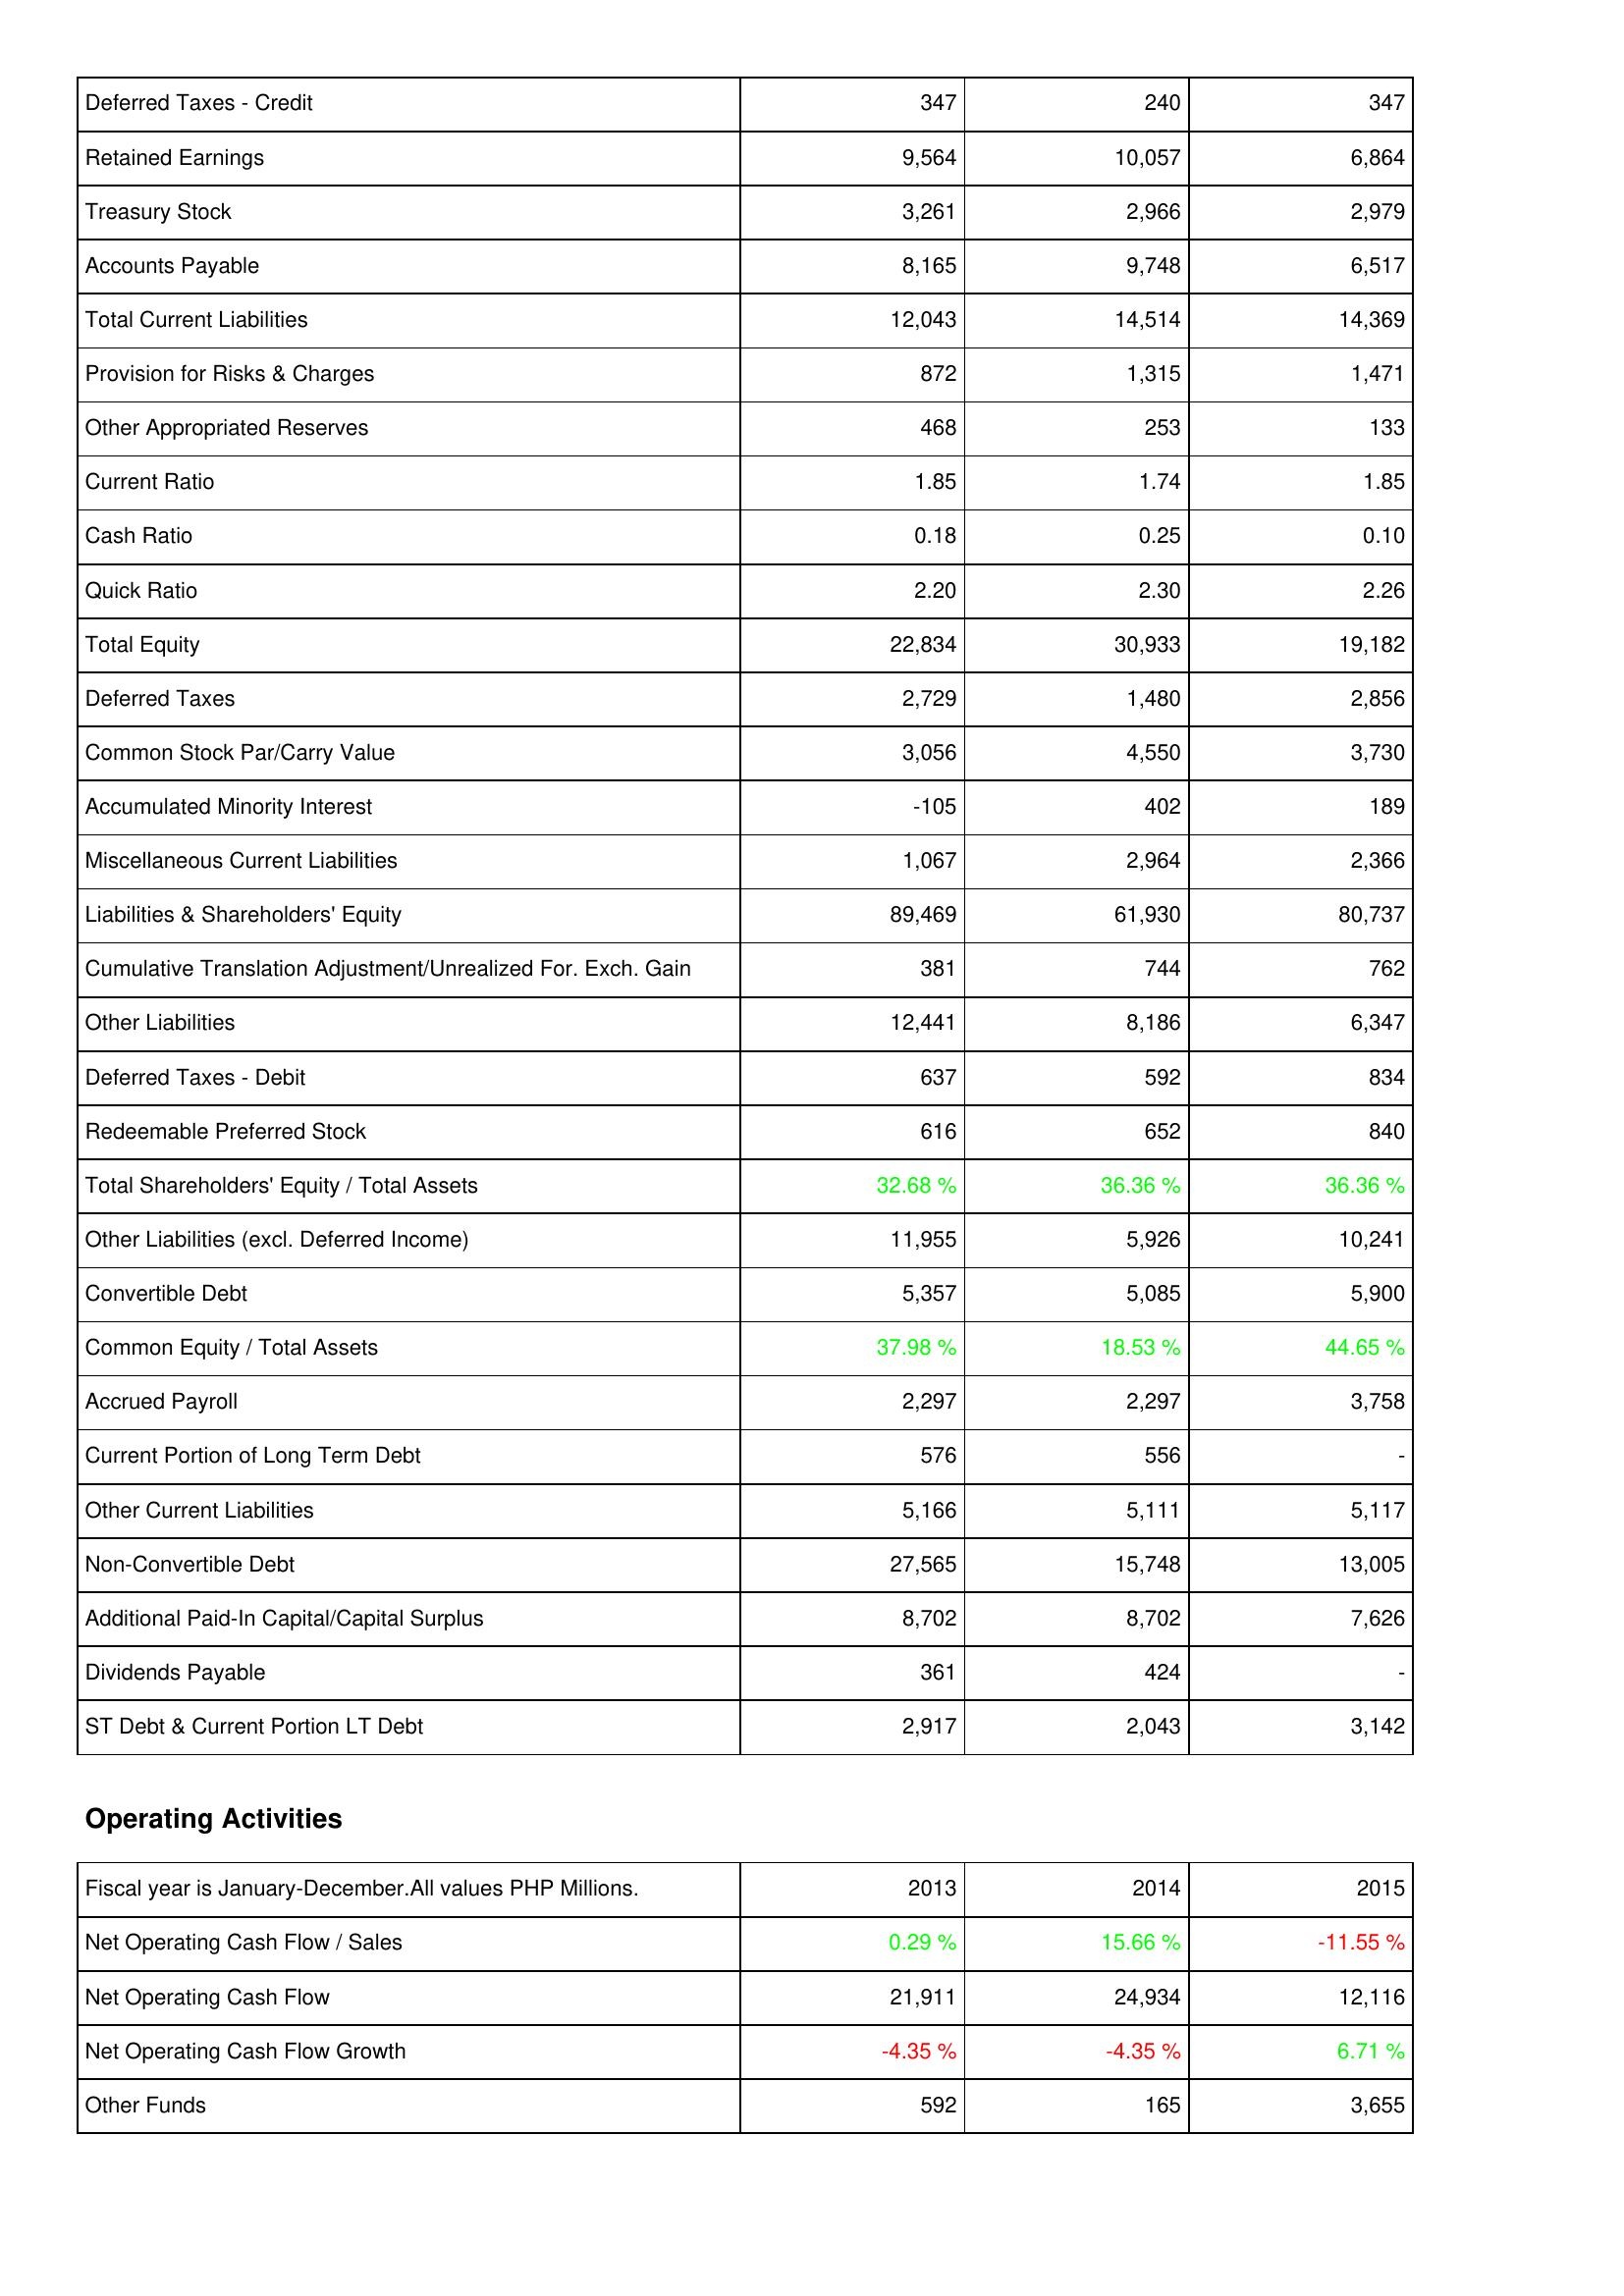
2013: Liabilities & Shareholders' Equity: Deferred Taxes - Credit: 347
Retained Earnings: 9,564
Treasury Stock: 3,261
Accounts Payable: 8,165
Total Current Liabilities: 12,043
Provision for Risks & Charges: 872
Other Appropriated Reserves: 468
Current Ratio: 1.85
Cash Ratio: 0.18
Quick Ratio: 2.20
Total Equity: 22,834
Deferred Taxes: 2,729
Common Stock Par/Carry Value: 3,056
Accumulated Minority Interest: -105
Miscellaneous Current Liabilities: 1,067
Liabilities & Shareholders' Equity: 89,469
Cumulative Translation Adjustment/Unrealized For. Exch. Gain: 381
Other Liabilities: 12,441
Deferred Taxes - Debit: 637
Redeemable Preferred Stock: 616
Total Shareholders' Equity / Total Assets: 32.68 %
Other Liabilities (excl. Deferred Income): 11,955
Convertible Debt: 5,357
Common Equity / Total Assets: 37.98 %
Accrued Payroll: 2,297
Current Portion of Long Term Debt: 576
Other Current Liabilities: 5,166
Non-Convertible Debt: 27,565
Additional Paid-In Capital/Capital Surplus: 8,702
Dividends Payable: 361
ST Debt & Current Portion LT Debt: 2,917
Operating Activities: Net Operating Cash Flow / Sales: 0.29 %
Net Operating Cash Flow: 21,911
Net Operating Cash Flow Growth: -4.35 %
Other Funds: 592
2014: Liabilities & Shareholders' Equity: Deferred Taxes - Credit: 240
Retained Earnings: 10,057
Treasury Stock: 2,966
Accounts Payable: 9,748
Total Current Liabilities: 14,514
Provision for Risks & Charges: 1,315
Other Appropriated Reserves: 253
Current Ratio: 1.74
Cash Ratio: 0.25
Quick Ratio: 2.30
Total Equity: 30,933
Deferred Taxes: 1,480
Common Stock Par/Carry Value: 4,550
Accumulated Minority Interest: 402
Miscellaneous Current Liabilities: 2,964
Liabilities & Shareholders' Equity: 61,930
Cumulative Translation Adjustment/Unrealized For. Exch. Gain: 744
Other Liabilities: 8,186
Deferred Taxes - Debit: 592
Redeemable Preferred Stock: 652
Total Shareholders' Equity / Total Assets: 36.36 %
Other Liabilities (excl. Deferred Income): 5,926
Convertible Debt: 5,085
Common Equity / Total Assets: 18.53 %
Accrued Payroll: 2,297
Current Portion of Long Term Debt: 556
Other Current Liabilities: 5,111
Non-Convertible Debt: 15,748
Additional Paid-In Capital/Capital Surplus: 8,702
Dividends Payable: 424
ST Debt & Current Portion LT Debt: 2,043
Operating Activities: Net Operating Cash Flow / Sales: 15.66 %
Net Operating Cash Flow: 24,934
Net Operating Cash Flow Growth: -4.35 %
Other Funds: 165
2015: Liabilities & Shareholders' Equity: Deferred Taxes - Credit: 347
Retained Earnings: 6,864
Treasury Stock: 2,979
Accounts Payable: 6,517
Total Current Liabilities: 14,369
Provision for Risks & Charges: 1,471
Other Appropriated Reserves: 133
Current Ratio: 1.85
Cash Ratio: 0.10
Quick Ratio: 2.26
Total Equity: 19,182
Deferred Taxes: 2,856
Common Stock Par/Carry Value: 3,730
Accumulated Minority Interest: 189
Miscellaneous Current Liabilities: 2,366
Liabilities & Shareholders' Equity: 80,737
Cumulative Translation Adjustment/Unrealized For. Exch. Gain: 762
Other Liabilities: 6,347
Deferred Taxes - Debit: 834
Redeemable Preferred Stock: 840
Total Shareholders' Equity / Total Assets: 36.36 %
Other Liabilities (excl. Deferred Income): 10,241
Convertible Debt: 5,900
Common Equity / Total Assets: 44.65 %
Accrued Payroll: 3,758
Current Portion of Long Term Debt: -
Other Current Liabilities: 5,117
Non-Convertible Debt: 13,005
Additional Paid-In Capital/Capital Surplus: 7,626
Dividends Payable: -
ST Debt & Current Portion LT Debt: 3,142
Operating Activities: Net Operating Cash Flow / Sales: -11.55 %
Net Operating Cash Flow: 12,116
Net Operating Cash Flow Growth: 6.71 %
Other Funds: 3,655